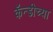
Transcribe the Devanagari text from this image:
कॅन्डीच्या